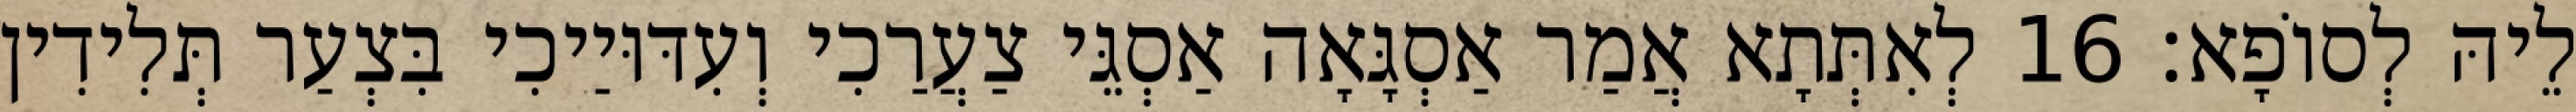
לֵיהּ לְסוֹפָא׃ 16 לְאִתְּתָא אֲמַר אַסְגָּאָה אַסְגֵּי צַעֲרַכִי וְעִדּוּיַיכִי בִּצְעַר תְּלִידִין